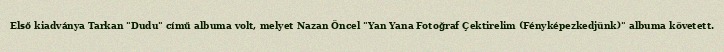
Első kiadványa Tarkan "Dudu" című albuma volt, melyet Nazan Öncel "Yan Yana Fotoğraf Çektirelim (Fényképezkedjünk)" albuma követett.